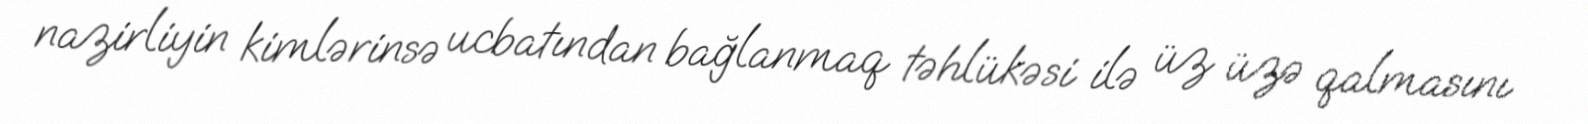
nazirliyin kimlərinsə ucbatından bağlanmaq təhlükəsi ilə üz üzə qalmasını